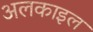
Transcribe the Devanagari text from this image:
अलकाइल